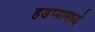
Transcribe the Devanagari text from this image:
हडप्पामध्ये